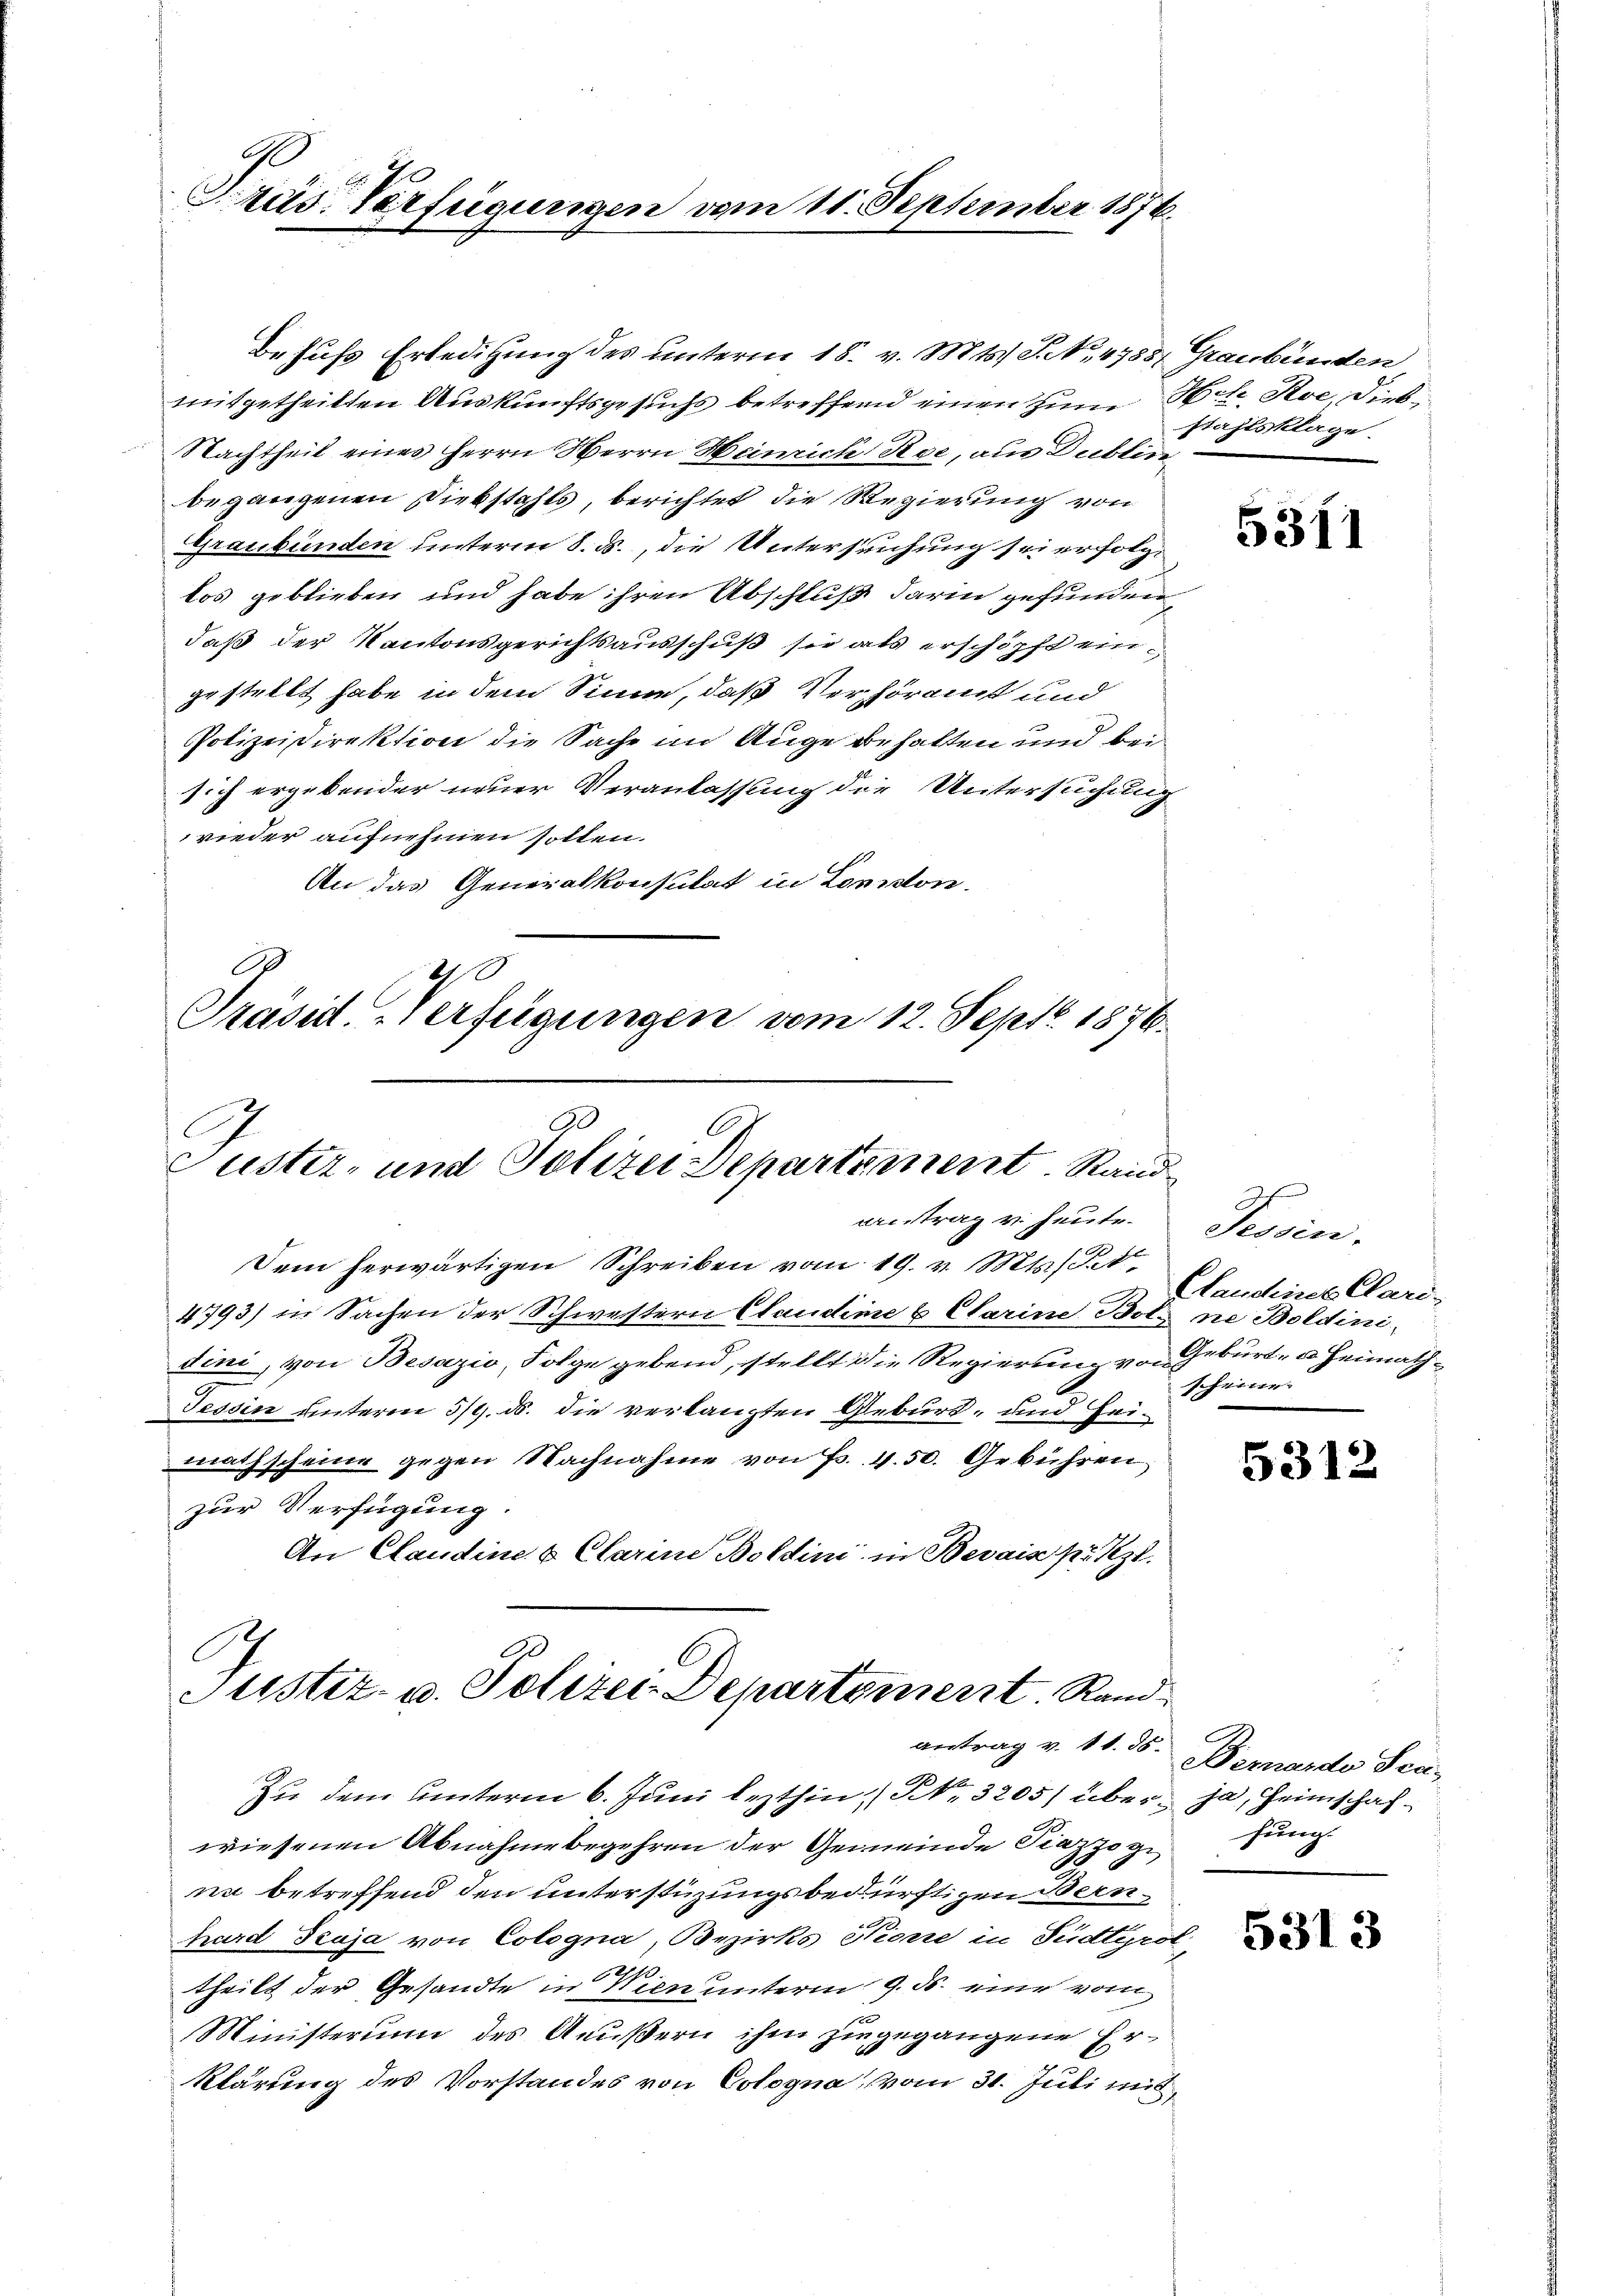
Präs. Verfügungen vom 11. September 1876.

Behufs Erledigung des unterm 18. v. Mts. S. No. 4783, Graubünden
mitgetheilten Auskunftsgesuchs betreffend einen zum Mit Roe, dies
Nachtheil eines Herrn Herrn Heinrich Roe, aus Dublinbegangenen Diebstahls, berichtet die Regierung von
Graubünden unterm 8. ds., die Untersuchung sei erfolglos geblieben und habe ihren Abschluß darin gefunden,
daß der Kantonsgerichtsausschuß sie als erschöpft eingestellt habe in dem Sinne, daß Verhöramt und
Polizeidirektion die Sache im Auge behalten und bei
sich ergebender neuer Veranlassung die Untersuchung
wieder aufnehmen sollen.
An das Generalkonsulat in London.
G
20
Präsid. Verfügungen vom 12. Sept. 1876.
uster- und Polizei Departement. Standvertrag v. heute.
Dein herwärtigen Schreiben vom 19. v. Mts. St
4793) in Sachen der Schwestern Claudine u Clarine Bote ne Boldini
dini, von Besazio, Folge gebend, stellt die Regierung von Geburt, u. Heimath¬
Tessin unterm 3/9. ds. die verlangten Geburt, und Heimathscheine gegen Nachnahme von Fr. 4.50. Gebühren
zur Verfügung.
An Claudine 6 Clarine Boldini in Bevais pr Kzl.

Justiz- u. Polizei Departement. Rand

Zu dem Unterm 6. Juni lezthin No. 3205) überwiesenen Abnahme begehren der Gemeinde Piazzozinn betreffend den unterstüzungsbedürftigen Bern-
hard Seuja von Cologna, Bezirks Hione in Fudtyrol,
theilt der Gesandte in Wien unterm 9. ds. eine vom
u
Ministerium des Aeußern ihm hingegangene Er¬
Klärung des Vorstandes von Cologna, vom 31. Juli mit

stahlsklage.

5311

Ih
Tessin,
Plaudines Clard-
scheine.

5312

antrag v. 11. ds. Bernardo Sec
ja, Heimschafhung.

5313